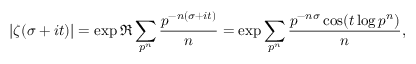
| \zeta ( \sigma + i t ) | = \exp \Re \sum _ { p ^ { n } } { \frac { p ^ { - n ( \sigma + i t ) } } { n } } = \exp \sum _ { p ^ { n } } { \frac { p ^ { - n \sigma } \cos ( t \log p ^ { n } ) } { n } } ,